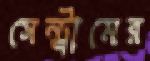
সেন্ট্রামের